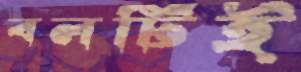
বলটিই